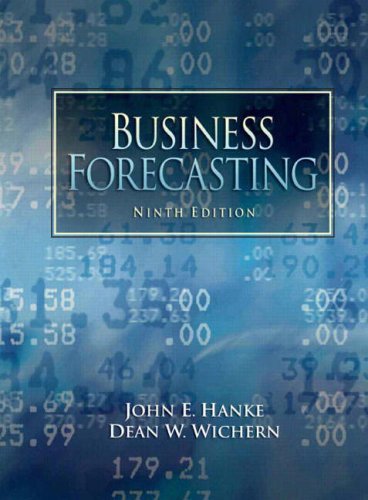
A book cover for Business Forecasting (9th Edition); John E. Hanke; Business & Money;